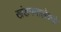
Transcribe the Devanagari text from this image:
खंडनमालेकडे